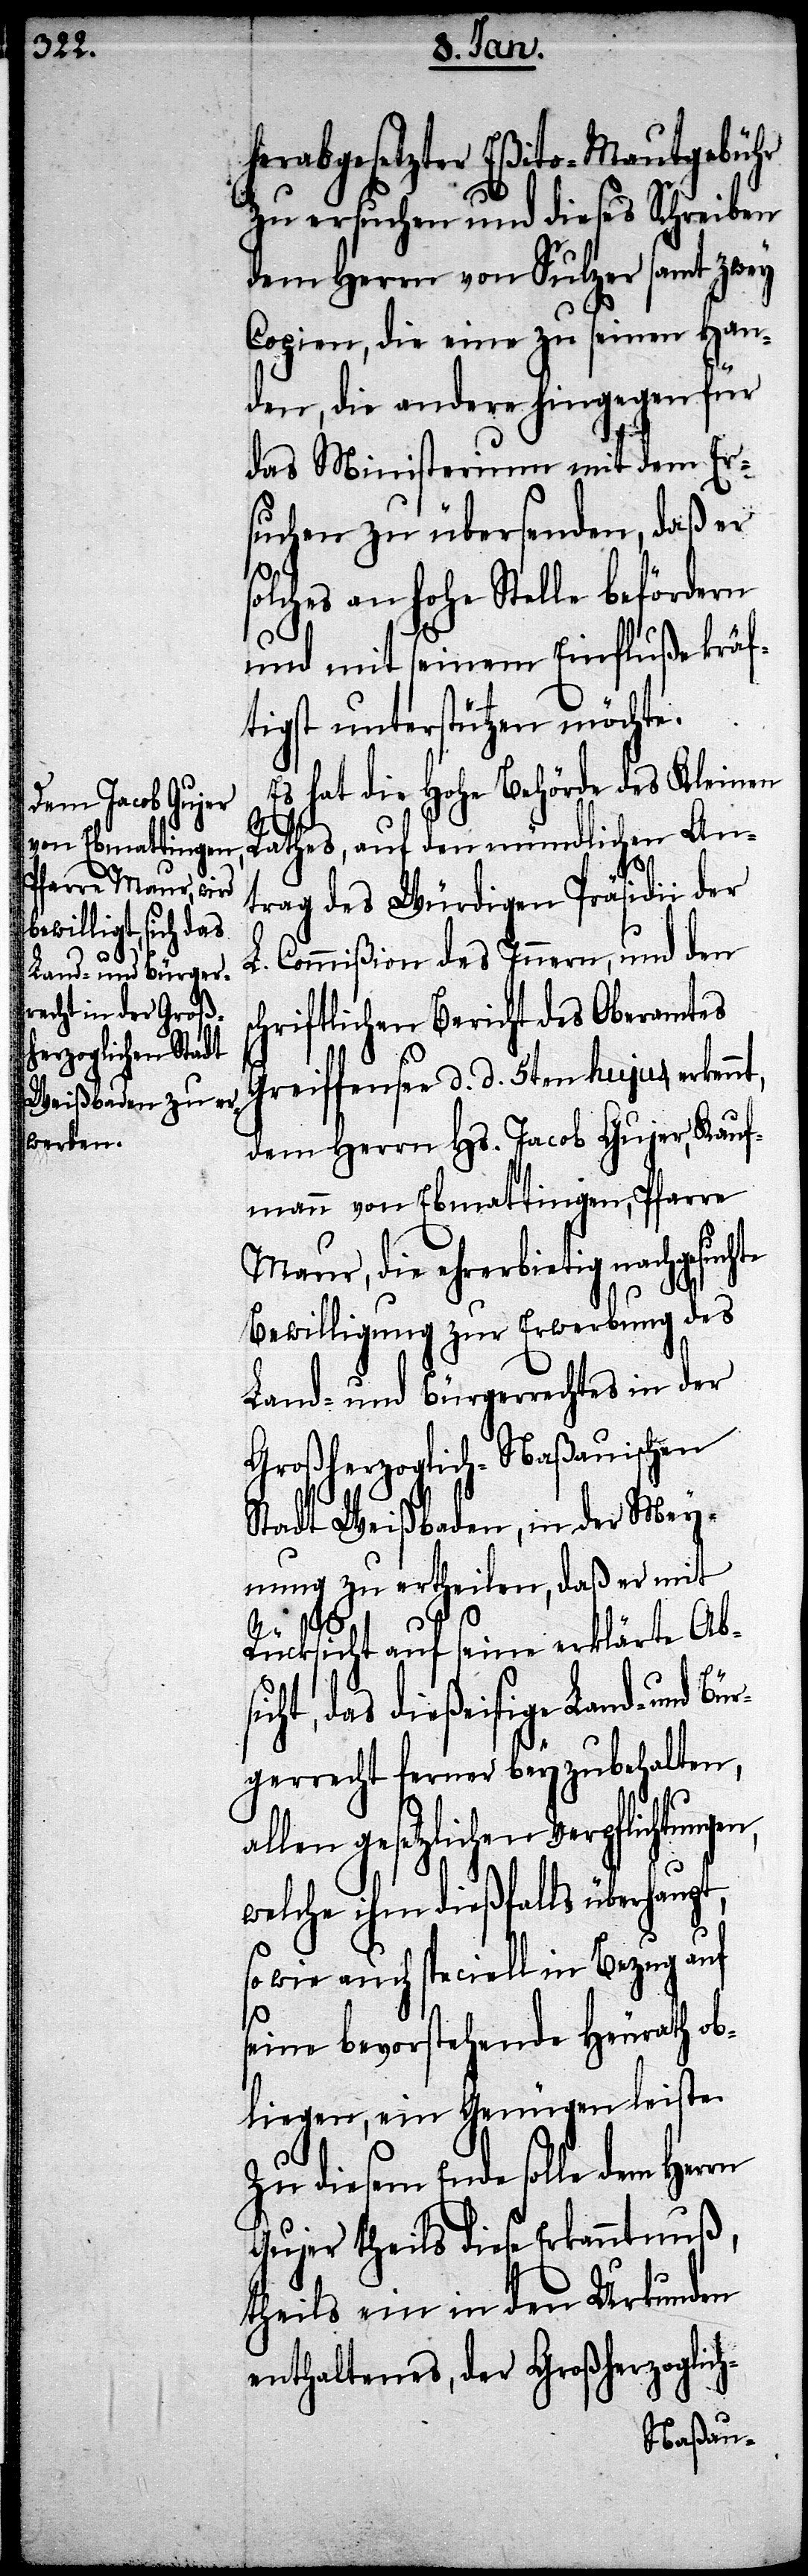
t,
Land- und Bürger¬
Verpflichtungen,

herabgesetzter Eßito-Mautgebühr
zu ersuchen und dieses Schreiben
dem Herrn von Sulzer samt zwey
Copien, die eine zu seinen Han¬
den, die andere hingegen für
das Minsterium mit dem Er¬
suchen zu übersenden, daß er
solches an hohe Stelle befördern
und mit seinem Einfluße kräf¬
tigst unterstützen möchte.
Es hat die hohe Behörde des Kleinen
Rathes, auf den mündlichen An¬
trag des Würdigen Präsidii der
L. Commißion des Innern, und den
chriftlichen Bericht des Oberamtes
Greiffensee d. d. 5ten hujus, erkenn¬
dem Herrn Hs. Jacob Gujer, Kauf¬
mann von Ebmattingen, Pfarre
Maur, die ehrerbietig nachgesuchte
Bewilligung zur Erwerbung des
Land- und Bürgerrechtes in der
Großherzoglich-Naßauischen
Stadt Weißbaden, in der Mey¬
nung zu ertheilen, daß er mit
Rücksicht auf seine erklärte Absi¬
cht, das dießeitige
recht ferner beyzubehalten,
welche ihm dießfalls überhaupt,
so wie auch speciell in Bezug auf
seine bevorstehende Heurath ob¬
liegen, ein Genügen leiste.
Zu diesem Ende solle dem
Gujer theils diese Erkanntnuß,
theils ein in den Urkunden
enthaltenes, der Großherzoglich-